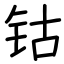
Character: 钴